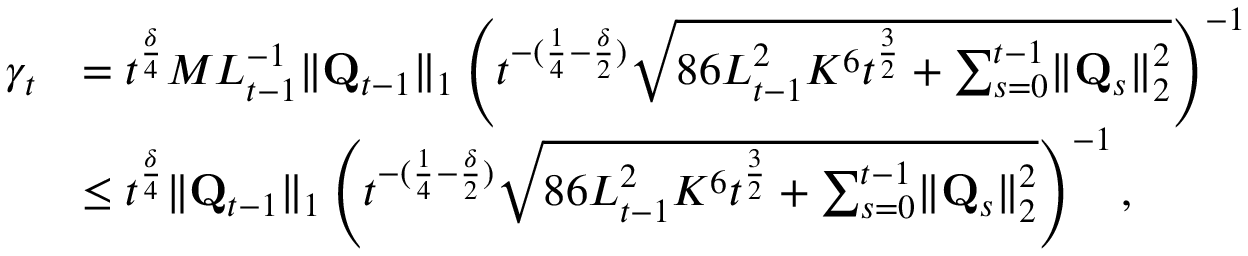
\begin{array} { r l } { \gamma _ { t } } & { = t ^ { \frac \delta 4 } M L _ { t - 1 } ^ { - 1 } \lVert \mathbf Q _ { t - 1 } \rVert _ { 1 } \left( t ^ { - ( \frac 1 4 - \frac \delta 2 ) } \sqrt { 8 6 L _ { t - 1 } ^ { 2 } K ^ { 6 } t ^ { \frac 3 2 } + \sum _ { s = 0 } ^ { t - 1 } \lVert \mathbf Q _ { s } \rVert _ { 2 } ^ { 2 } } \right) ^ { - 1 } } \\ & { \le t ^ { \frac \delta 4 } \lVert \mathbf Q _ { t - 1 } \rVert _ { 1 } \left( t ^ { - ( \frac 1 4 - \frac \delta 2 ) } \sqrt { 8 6 L _ { t - 1 } ^ { 2 } K ^ { 6 } t ^ { \frac 3 2 } + \sum _ { s = 0 } ^ { t - 1 } \lVert \mathbf Q _ { s } \rVert _ { 2 } ^ { 2 } } \right) ^ { - 1 } , } \end{array}